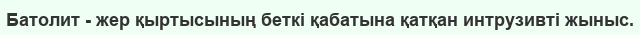
Батолит - жер қыртысының беткі қабатына қатқан интрузивті жыныс.